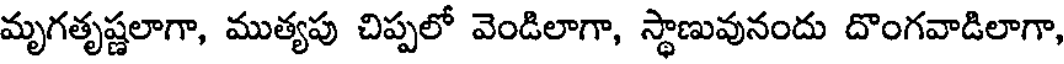
మృగతృష్ణలాగా, ముత్యపు చిప్పలో వెండిలాగా, స్థాణువునందు దొంగవాడిలాగా,